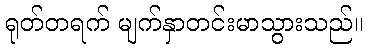
ရုတ်တရက် မျက်နှာတင်းမာသွားသည်။